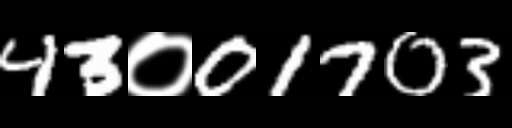
Text: 43०01703